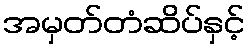
အမှတ်တံဆိပ်နှင့်